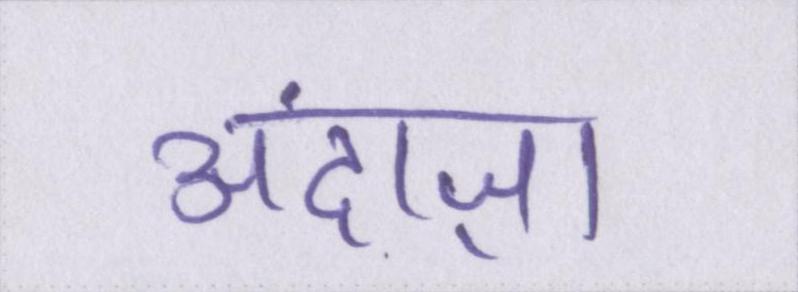
अंदाज़ा